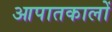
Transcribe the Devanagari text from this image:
आपातकालों